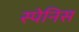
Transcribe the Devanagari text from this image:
स्पेनिस